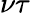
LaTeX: \nu\tau